Vaike-Kullamaa_(Vaikna)_vallavalitsus, lk 6
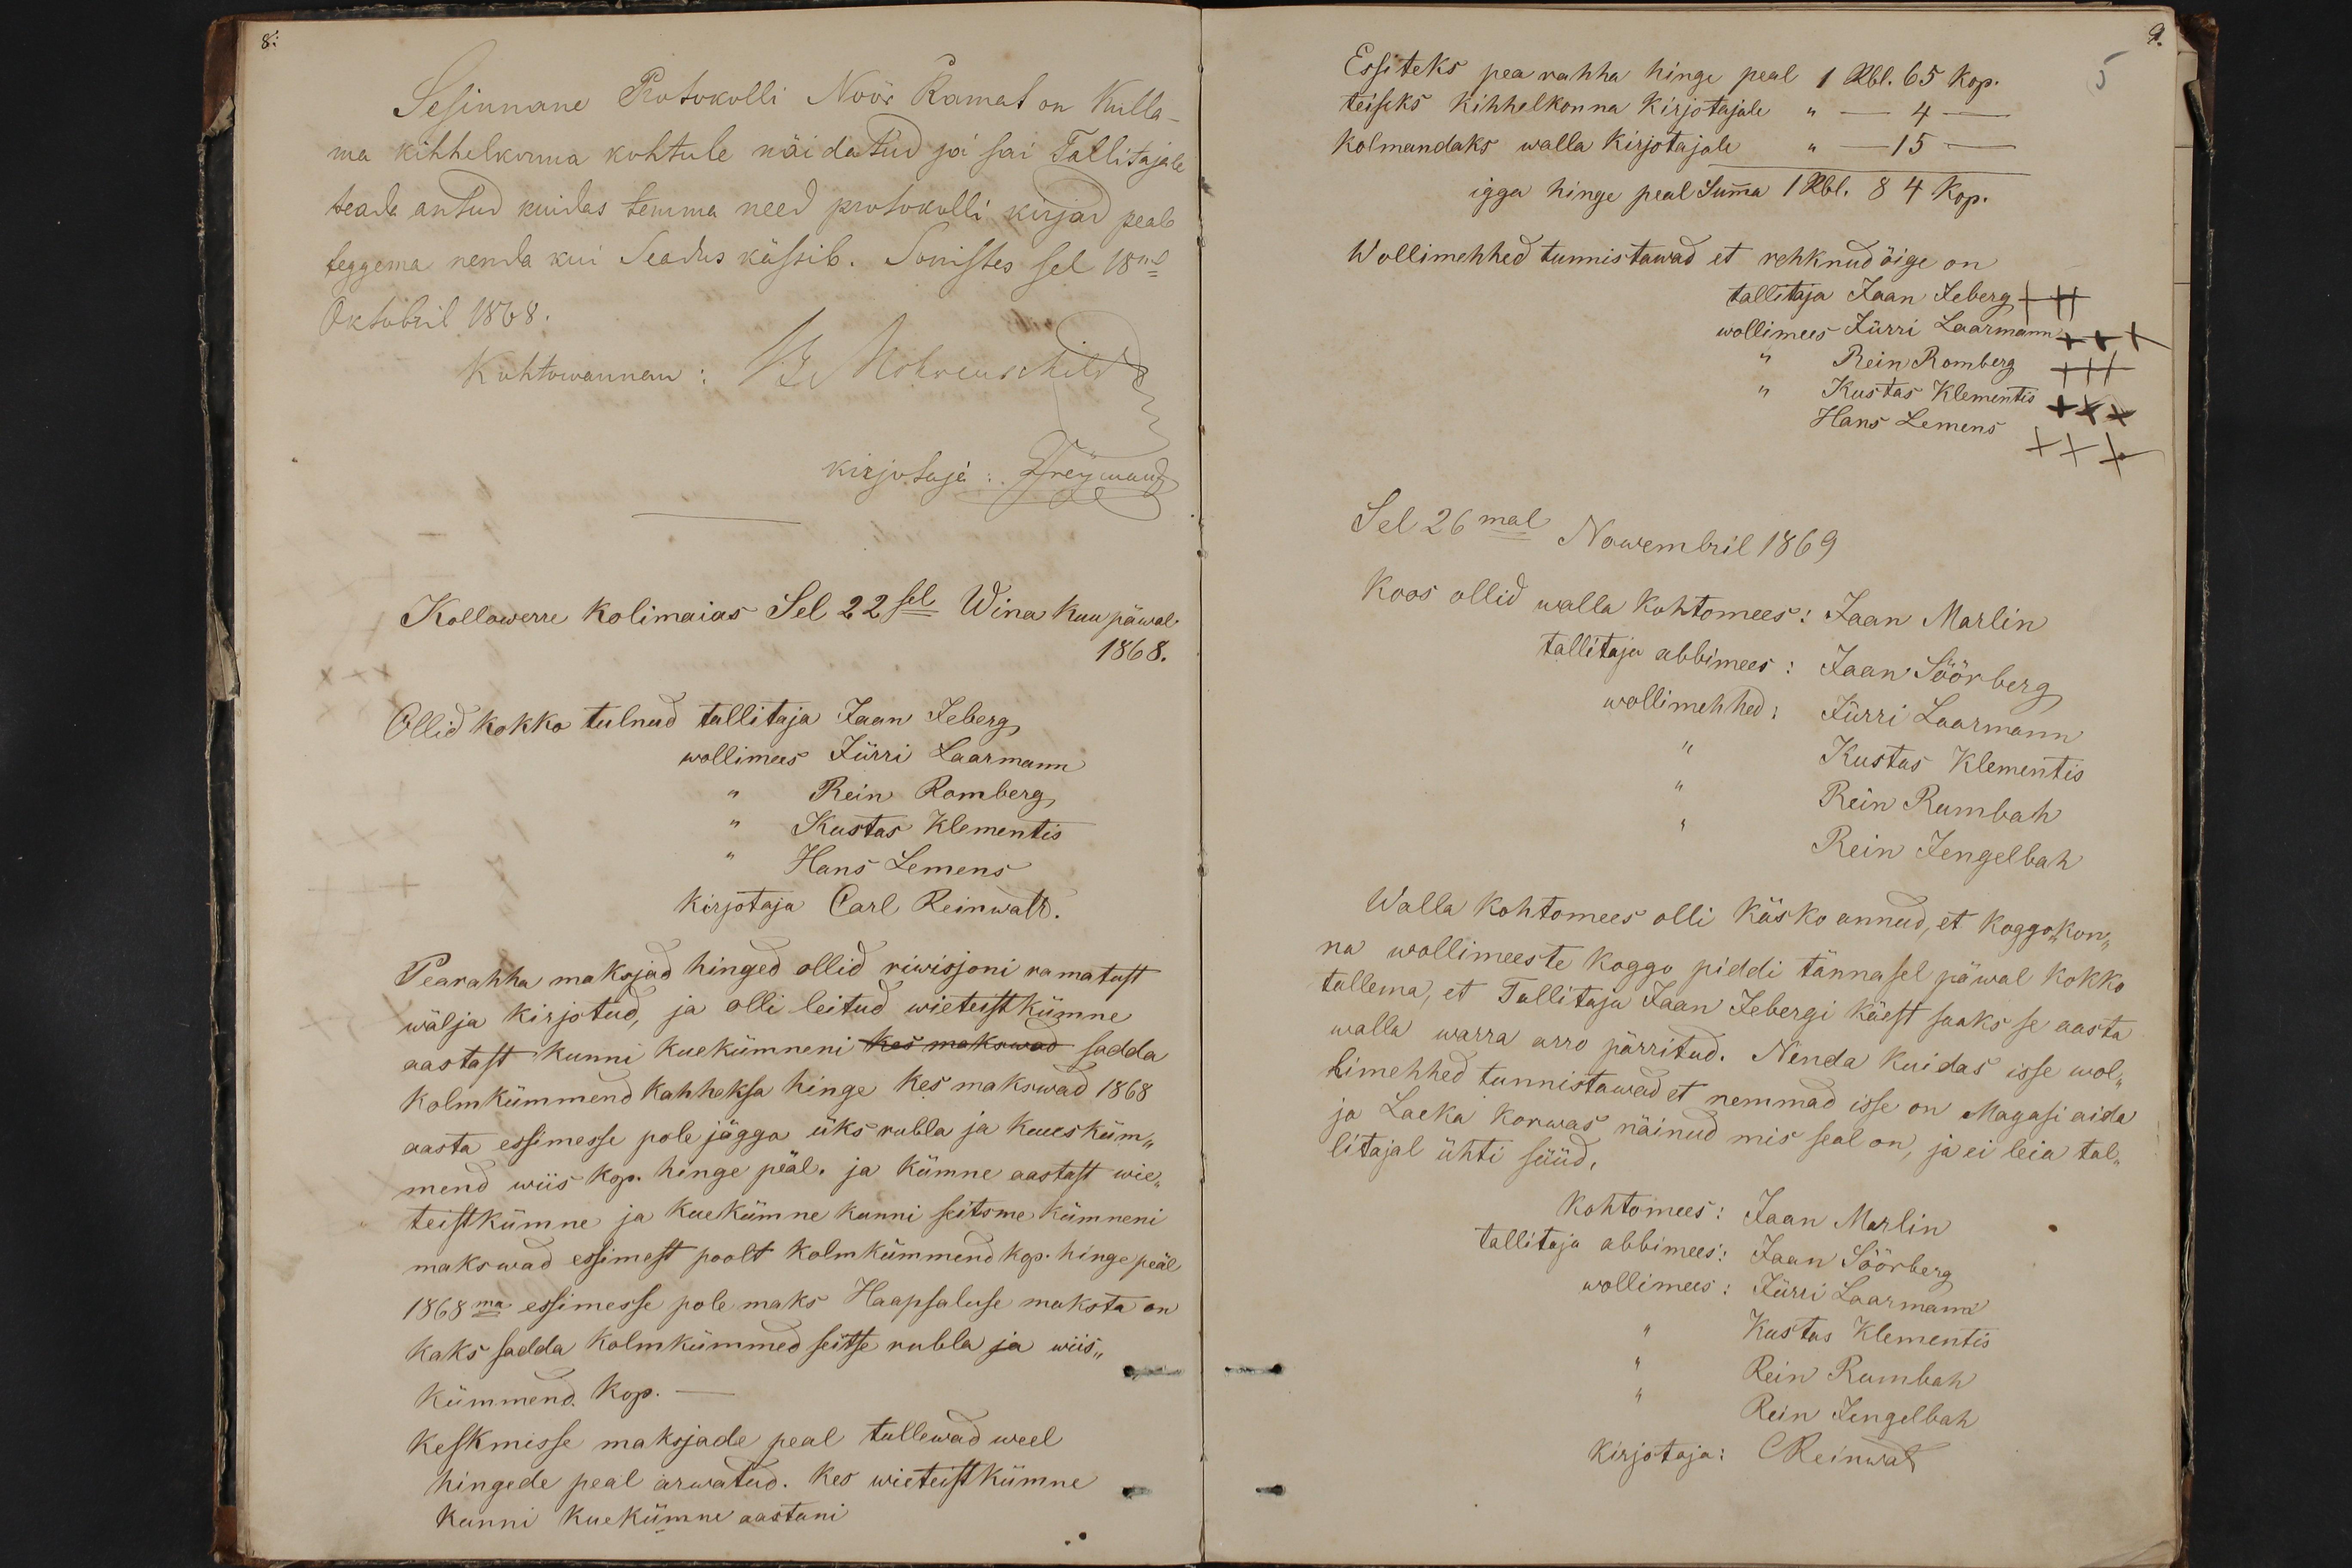
Sesinnane Protokolli Nöör Ramat on Kulla-
ma kihhelkonna kohtule näidatud ja sai Tallitajale
teada antud kuidas temma need protokolli kirjad peab
teggema nenda kui Seadus kässib. Sonistes sel 18mal
Oktobril 1868.
Kohtowannem: G. Mohreus Mitte
kirjotaja: Inermand
Kollawerre kolimaias Sel 22sel Wina kuu päwal
1868.
Ollid kokko tulnud tallitaja Jaan Jeberg,
wollimees Jürri Laarmann
Rein Romberg
Kustas Klementis
Hans Lemens
kirjotaja Carl Reinwalt.
Pearahha maksjad hinged ollid riwisjoni ramatust
wälja kirjotud, ja olli leitud wieteist kümne
aastast kunni kuekümneni kes makswad sedda
Kolm kümmend kahheksa hinge kes makswad 1868
aasta essimesse pole jägga üks rubla ja kuus küm-
mend wiis kop. hinge peäl. ja kümne aastast wie-
teistkümne ja kuekümne kunni seitsme kümneni
makswad essimest poolt kolmkümmend kop. hinge peäl
1868ma esimesse pole maks Haapsaluse maksta on
kaks sadda kolmkümmed seitse rubla ja wiis-
kümmend Kop.
Keskmisse maksjade peal tullewad weel
hingede peal arwatud. Kes wieteist kümne
kunni kuekümne aastani

9.
Essiteks pea rahha hinge peal 1 Rbl. 65 kop.
5
teiseks kihhelkonna kirjotajale
-4-
Kolmandaks walla kirjotajale " - 15 -
igga hinge peal Summa 1 Rbl. 84 kop.
Wollimehhed tunnistawad et rehknud õige on
tallitaja Jaan Jeberg +++
wollimees Jürri Laarmann +++
" Kustas Klementis XXX
Rein Romberg XXX
Hans Lemens XXX
Sel 26mal Nowembril 1869
Koos ollid walla kohtomees: Jaan Marlin
tallitaja abbimees: Jaan Söörberg
wollimehhed: Jürri Laarmann
Kustas Klementis
Rein Rumbah
Rein Jengelbah
Walla kohtomees olli käsko annud, et koggokon-
na wollimeeste koggo piddi tännasel päwal kokko
tullema, et Tallitaja Jaan Jebergi käest saaks se aasta
walla warra arro pärritud. Nenda kuidas isse wol-
limehhed tunnistawad et nemmad isse on Magasi aida
ja Laeka korwas näinud mis seal on, ja ei leia tal-
litajal ühti süüd.
kohtomees: Jaan Marlin
tallitaja abbimees: Jaan Söörberg
wollimees: Jürri Laarmann
Kustas Klementis
Rein Rumbah
Rein Jengelbah
kirjotaja: CReinwalt